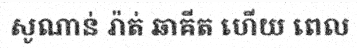
សូណាន់ រ៉ាត់ ឆាគីត ហើយ ពេល